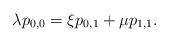
LaTeX: \begin{align*} \lambda p_{0,0} = \xi p_{0,1} + \mu p_{1,1}.\end{align*}